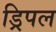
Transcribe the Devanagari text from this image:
ड्रिपल